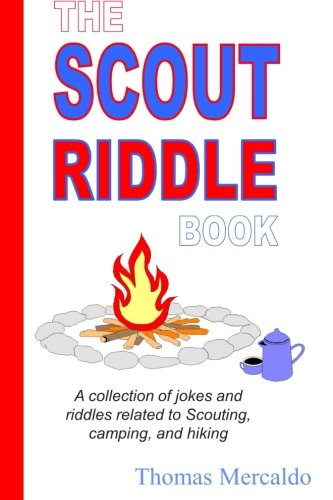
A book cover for The Scout Riddle Book: A collection of jokes and riddles related to Scouting, camping, and hiking; Thomas Mercaldo; Sports & Outdoors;